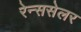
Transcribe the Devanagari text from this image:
रेन्ससेलर